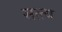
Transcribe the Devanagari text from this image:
सत्त्य